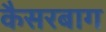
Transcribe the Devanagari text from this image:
कैसरबाग